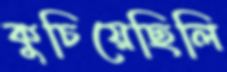
কুচিয়েছিলি